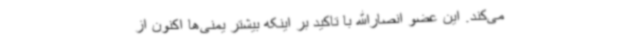
می‌کند. این عضو انصارالله با تاکید بر اینکه بیشتر یمنی‌ها اکنون از